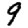
Digit: 9